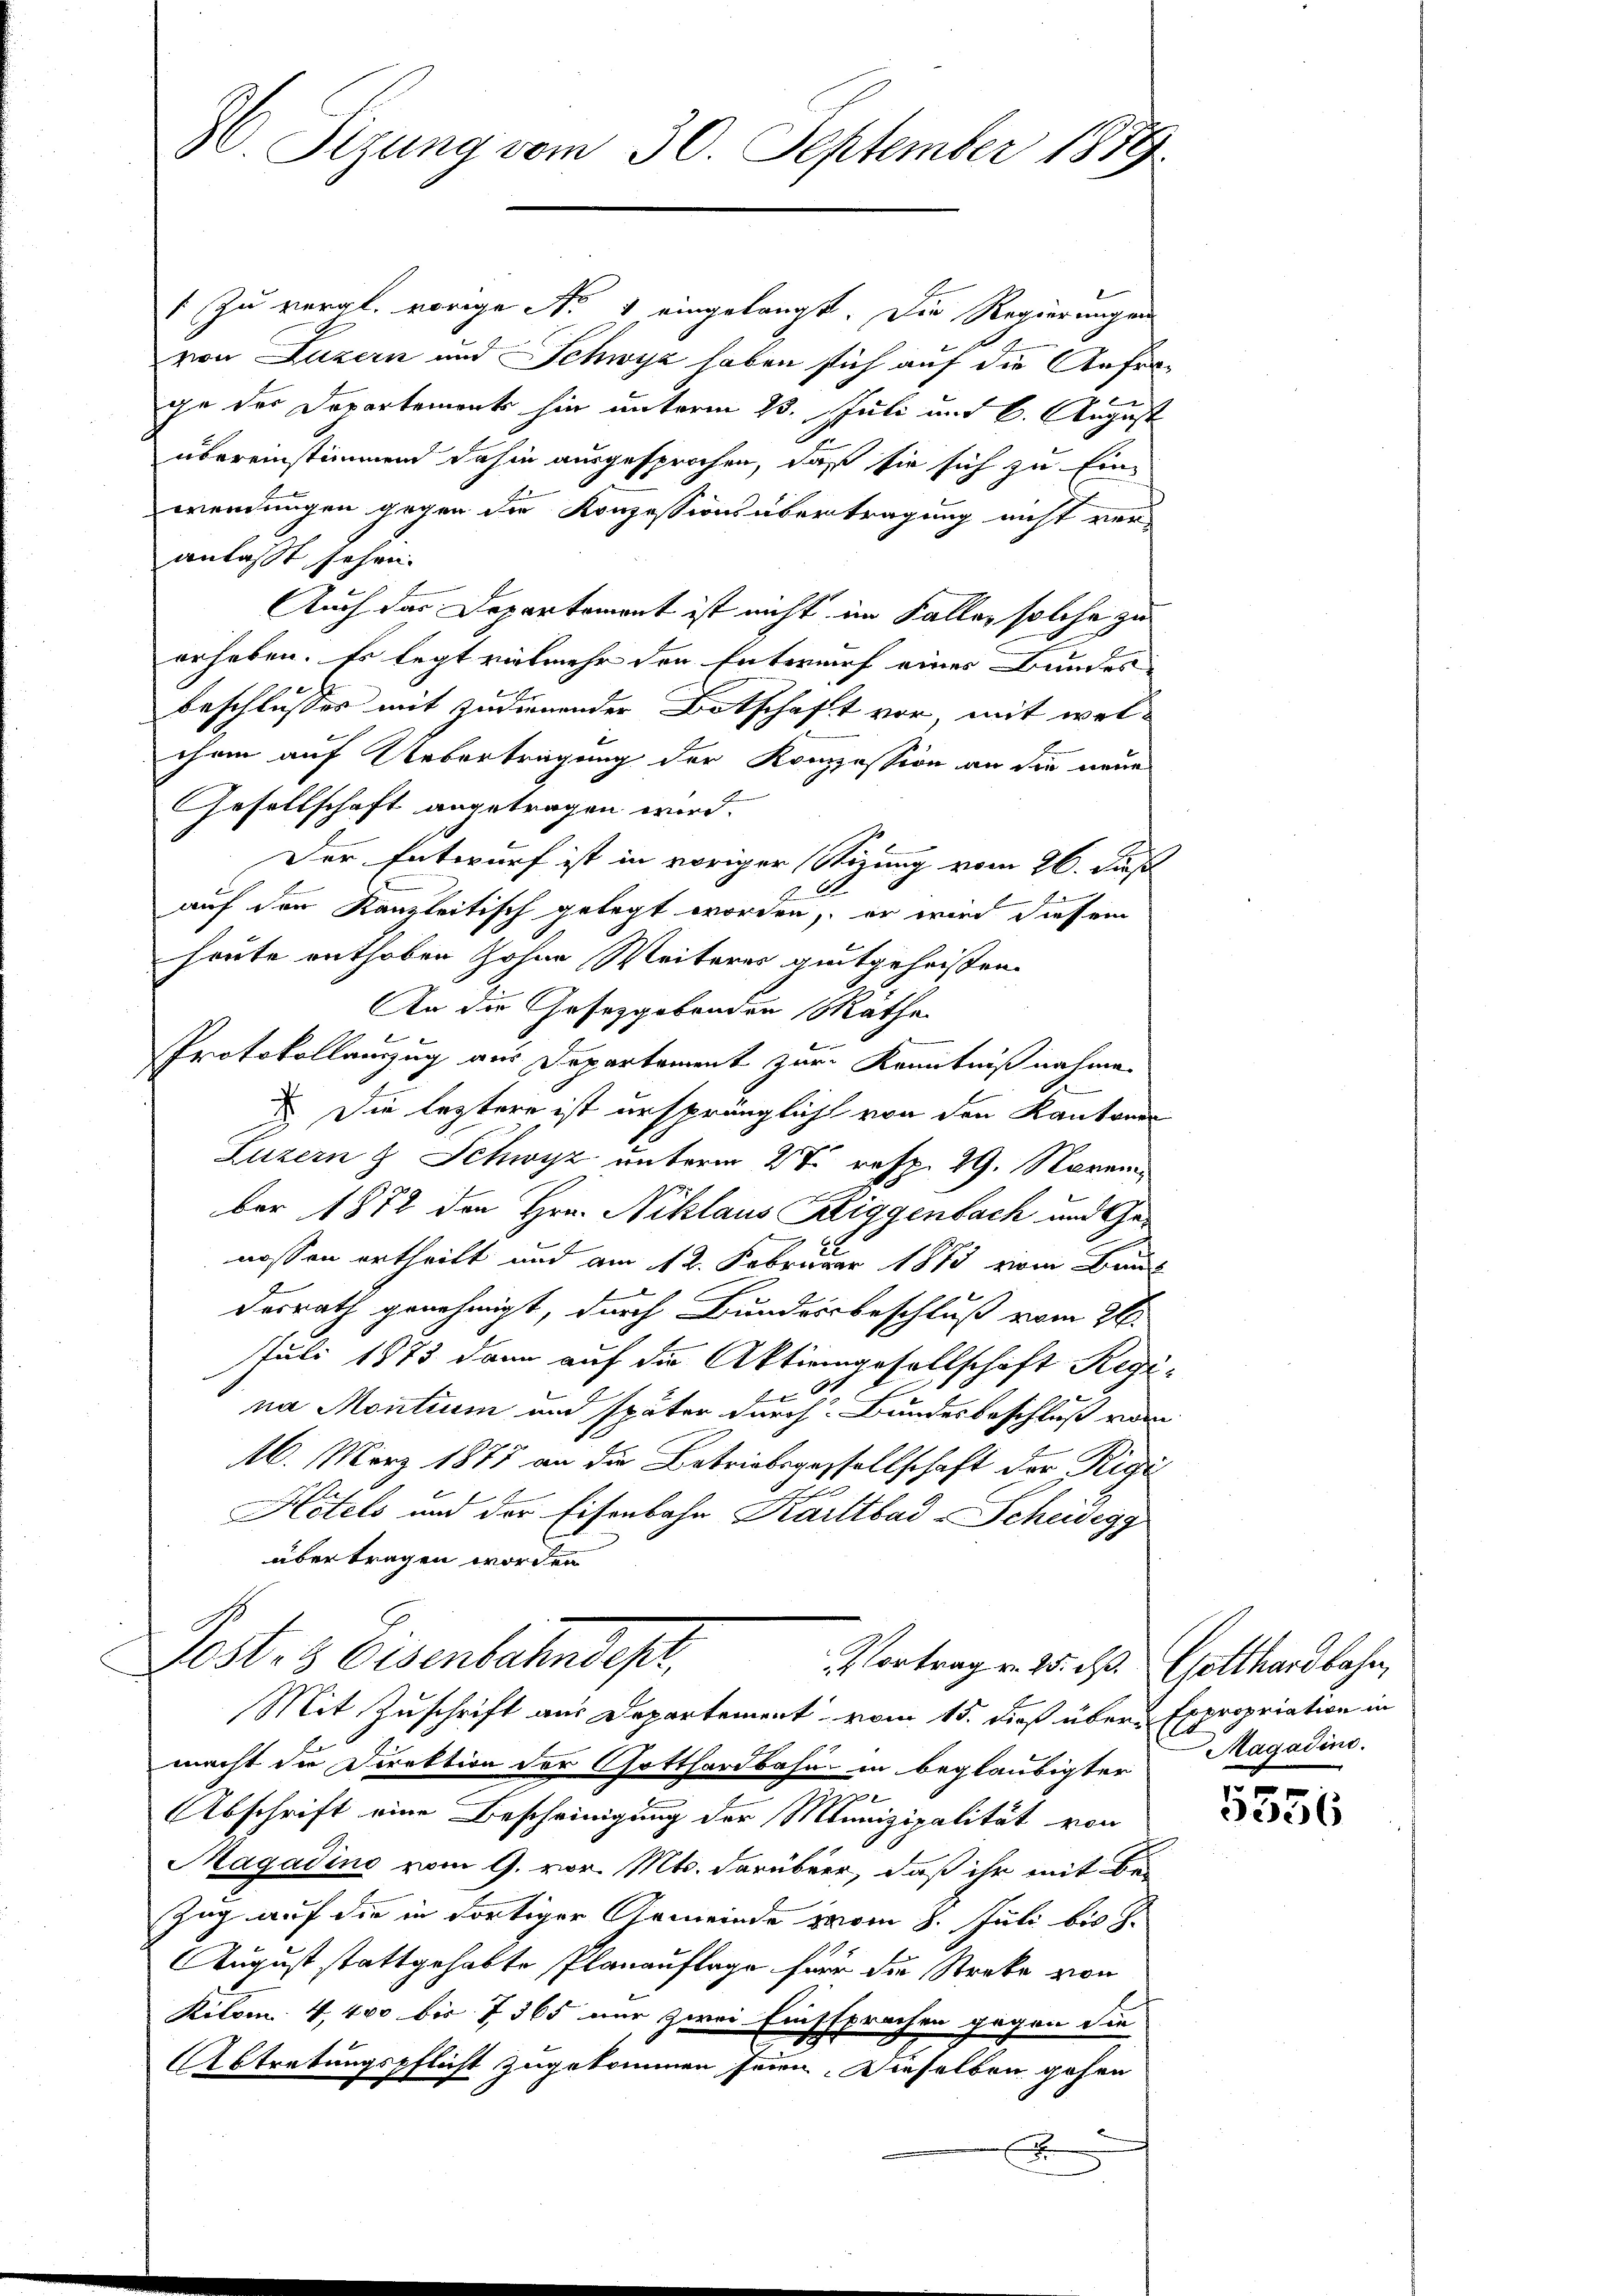
96. Sizung vom 30. September 1879

/ zu vergl. vorige No 1 eingelangt. Die Regierungen
von Luzern und Schwyz haben sich auf die Anfrage der Departement hin unterm 23. Juli mit 6. August
übereinstimmend dahin ausgesprochen, daß sie sich zu Einwendungen gegen die Konzessionsübertragung nicht ver-
anlasst sehen.
Auch das Departement ist nicht im Fallen solche zu
erheben. Es legt vielmehr den Entwurf eines Bundes-
f
beschlusses mit zudienender Botschaft vor mit wel-
chem auf Uebertragung der Konzession an die neue
Gesellschaft angetragen wird.
Der Entwurf ist in voriger Stizung vom 26. Fuß
E
auf den Kanzleitisch gelegt worden, er wird diesem
heute enthoben Hohen Weiteres gutgeheißen.
An die Gesetzgebenden Räthe
Protokollamzug aus Departement zur Kenntniß nahme.
 Die leztere ist ursprünglich von den Kantone
Luzern & Schwyz unterm 27. resp. 29. Novem
ber 1872 den Hrn. Niklaus Riggenbach und Ge¬
5.5.
nossen ertheilt und am 12. Februar 1885 vom Bund
desrath genehmigt, durch Bundersbeschluß vom 21.
Juli 1875 dann auf die Aktiengesellschaft Regi¬
9.
na Montium und später durch Bundesbeschluß vom
16. März 1877 an die Betriebsgassellschaft der Rigi
1
Hotels und der Eisenbahn Kailtbad-Scheidegg
übertragen worden.
Post 3 Eisenbahnder,
Vortrag v. 25. d. Gotthardbahn,
Mit Zuschrift aus Departement vom 15. dieß über Expropriation in
macht du Direktion der Gotthardbahn in beglaubigter
Abschrift eine Bescheinigung der Munizipalität von
Magadino vom 9. vor. Mts. darüberr, daß ihr mit Be¬
Zug auf die in fortiger Gemeinde vom 8. Juli bis d.
August stattgehabte Planauflage für die Streke von
Kilom. 4, 400 bis 7 365 nur zwei Einsprechen gegen die
Abtretungspflicht zugekommen seien. Dieselben gehen
A

Magadino.

.
e